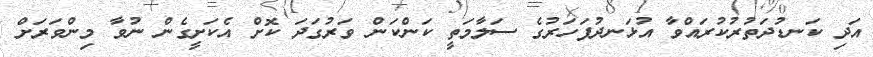
އަދި ކަނޑުދަތުރުކުރައްވާ އުޅަނދުފަހަރުގެ ސަލާމަތީ ކަންކަން ވަރުގަދަ ކޮށް އެކަށީގެން ނުވާ މިންވަރަށް